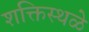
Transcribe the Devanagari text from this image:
शक्तिस्थळे